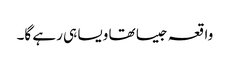
واقعہ جیسا تھا ویسا ہی رہے گا۔